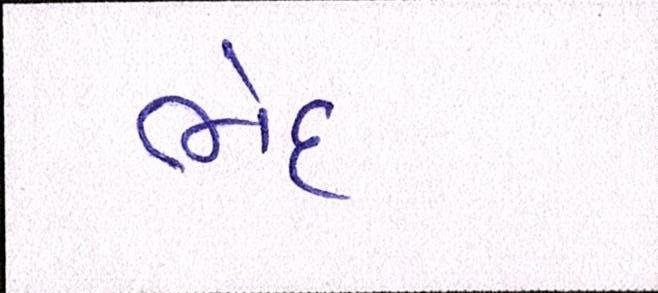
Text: ભેદ